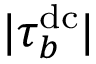
| \tau _ { b } ^ { \mathrm { d c } } |